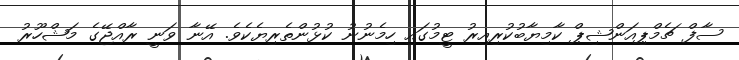
ސާފް ޗެމްޕިއަންޝިޕް ކާމިޔާބުކުރިއިރު ޓީމުގައި ހިމެނުނު ކުޅުންތެރިޔެކެވެ. އޭނާ ވަނީ ރާއްޖޭގެ މަޝްހޫރު